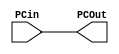
module PCModul(input [31:0] PCin,
	output reg[31:0] PCOut);
	/*Alp Hocaya sordugumda:
	PC module de bir memory elemanidir
	ve behavioral olabilir dedi.24/12/2014*/
	reg [31:0] PCreg;
	initial PCOut = 32'b0;
	
	always @(PCin)
	begin
		#50;
		PCreg = PCin;
		PCOut = PCin;
	end
	
endmodule